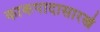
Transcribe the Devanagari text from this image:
काकपादासारखे